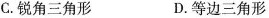
C. 锐角三角形 D. 等边三角形